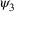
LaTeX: \psi _ { 3 } \,